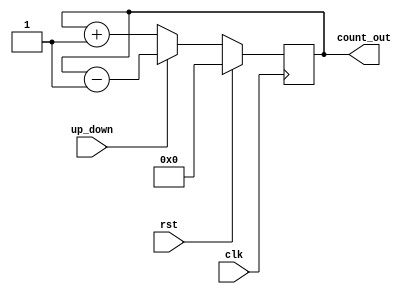
//up_down counter with sync reset
module counter_up_down(

input clk,rst,up_down,

output[3:0] count_out

);

reg[3:0] count;

always @ (posedge clk)
begin
if(rst)
count <= 0;
else if(up_down)
count <= count - 1;
else
count <= count + 1;
end
assign count_out = count;
endmodule